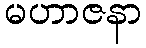
မဟာဇနာ